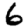
Digit: 6